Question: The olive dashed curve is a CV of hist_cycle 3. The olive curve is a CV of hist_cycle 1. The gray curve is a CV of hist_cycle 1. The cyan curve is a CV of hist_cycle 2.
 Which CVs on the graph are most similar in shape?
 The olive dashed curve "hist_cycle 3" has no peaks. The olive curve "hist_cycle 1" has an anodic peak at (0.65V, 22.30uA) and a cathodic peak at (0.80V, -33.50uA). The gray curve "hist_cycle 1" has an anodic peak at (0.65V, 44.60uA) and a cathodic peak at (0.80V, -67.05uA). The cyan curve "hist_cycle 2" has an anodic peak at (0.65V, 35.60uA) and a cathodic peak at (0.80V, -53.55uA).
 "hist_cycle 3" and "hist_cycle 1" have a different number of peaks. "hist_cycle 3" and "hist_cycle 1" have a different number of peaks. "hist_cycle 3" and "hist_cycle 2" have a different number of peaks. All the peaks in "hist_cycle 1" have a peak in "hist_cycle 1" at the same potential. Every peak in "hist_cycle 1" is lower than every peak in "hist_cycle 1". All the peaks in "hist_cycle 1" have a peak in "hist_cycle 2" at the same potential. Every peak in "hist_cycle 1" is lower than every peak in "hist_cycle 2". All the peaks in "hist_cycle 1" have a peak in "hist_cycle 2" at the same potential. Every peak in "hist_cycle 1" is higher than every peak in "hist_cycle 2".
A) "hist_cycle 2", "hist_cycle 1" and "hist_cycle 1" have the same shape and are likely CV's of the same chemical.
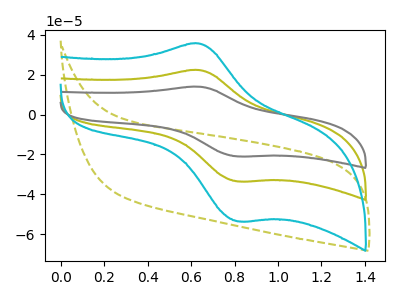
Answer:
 <answer>A) "hist_cycle 2", "hist_cycle 1" and "hist_cycle 1" have the same shape and are likely CV's of the same chemical.</answer>
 <eval>A</eval>